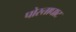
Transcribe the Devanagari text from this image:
पोस्ताघाट